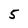
Character: 5